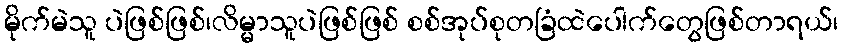
မိုက်မဲသူ ပဲဖြစ်ဖြစ်၊လိမ္မာသူပဲဖြစ်ဖြစ် စစ်အုပ်စုတခြံထဲပေါက်တွေဖြစ်တာရယ်၊